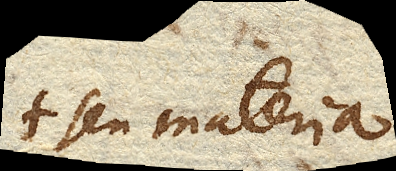
seu materia